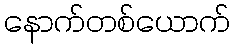
နောက်တစ်ယောက်